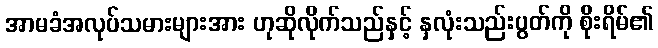
အာမခံအလုပ်သမားများအား ဟုဆိုလိုက်သည်နှင့် နှလုံးသည်းပွတ်ကို စိုးရိမ်၏